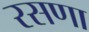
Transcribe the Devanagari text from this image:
रसणा